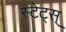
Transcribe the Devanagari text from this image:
स्टेट्स्